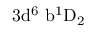
\mathrm { 3 d ^ { 6 } \ b ^ { 1 } D _ { 2 } }